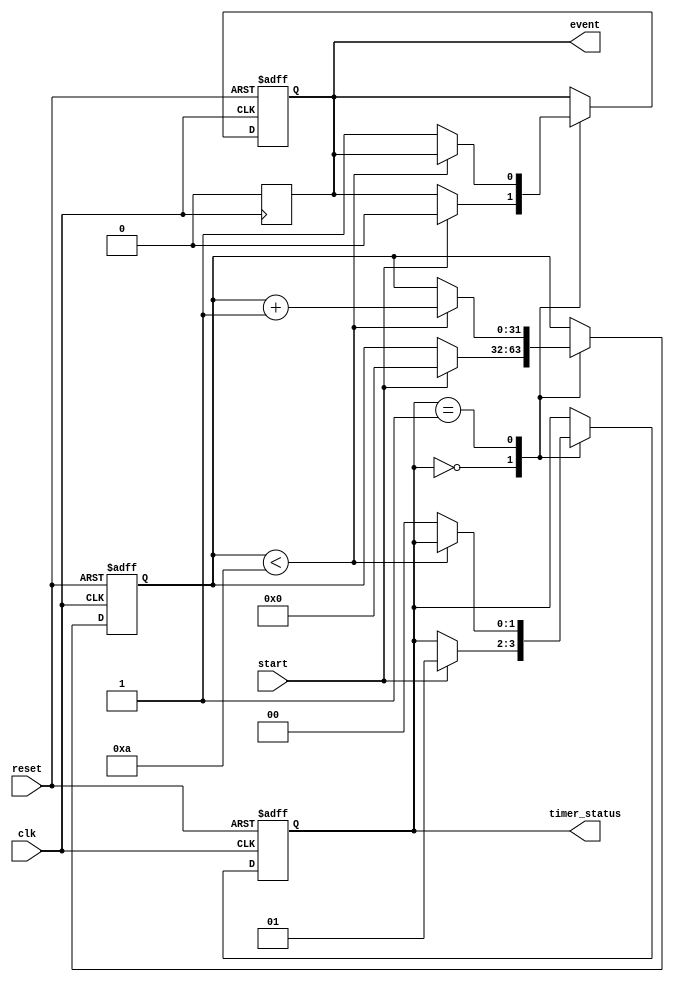
module TimerEventControl #(
    parameter TIME_DURATION = 10 // Time duration for the timer in simulation time units
)(
    input wire clk,               // Clock signal
    input wire start,             // Start signal
    input wire reset,             // Reset signal
    output reg event,             // Event signal
    output reg [1:0] timer_status  // Timer status: 00=stopped, 01=running, 10=reset
);

    reg [31:0] timer; // Timer counter

    // Timer status encoding
    localparam TIMER_STOPPED = 2'b00;
    localparam TIMER_RUNNING = 2'b01;
    localparam TIMER_RESET   = 2'b10;

    // Always block for timer operation
    always @(posedge clk or posedge reset) begin
        if (reset) begin
            timer <= 0;                // Reset timer
            event <= 0;                // De-assert event
            timer_status <= TIMER_RESET; // Update timer status
        end else begin
            case (timer_status)
                TIMER_STOPPED: begin
                    if (start) begin
                        timer <= 0;        // Initialize timer
                        event <= 0;        // Ensure event is de-asserted
                        timer_status <= TIMER_RUNNING; // Change status to running
                    end
                end
                TIMER_RUNNING: begin
                    if (timer < TIME_DURATION) begin
                        timer <= timer + 1; // Increment timer
                    end else begin
                        event <= 1;        // Assert event signal
                        timer_status <= TIMER_STOPPED; // Stop the timer
                    end
                end
            endcase
        end
    end

    // Optional: Always block to de-assert event after one clock cycle
    always @(posedge clk) begin
        if (event) begin
            event <= 0; // De-assert event after it has been triggered
        end
    end

endmodule